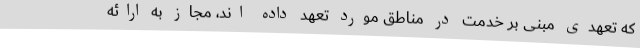
که تعهدی مبنی بر خدمت در مناطق مورد تعهد داده اند، مجاز به ارائه